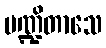
ပဏ္ဍိတာသေ